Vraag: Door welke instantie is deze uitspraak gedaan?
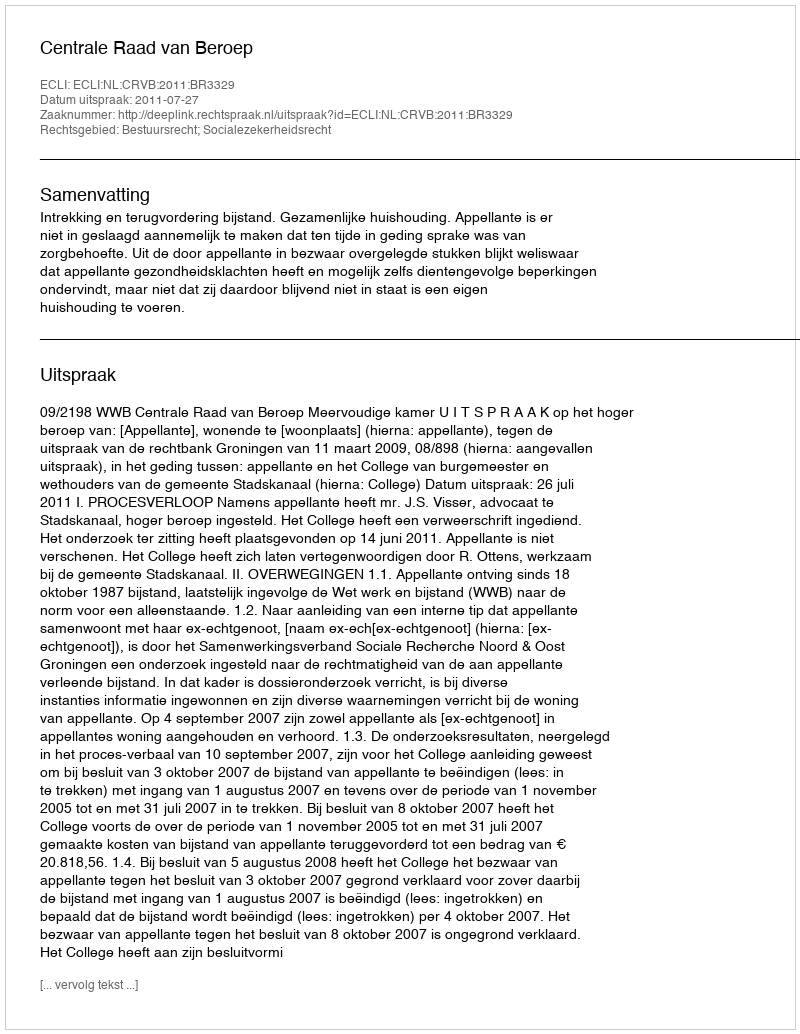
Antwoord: Centrale Raad van Beroep